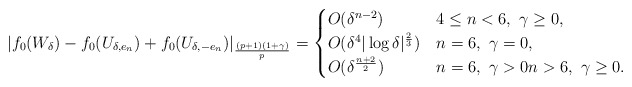
\begin{align*}|f_0(W_\delta) - f_0(U_{\delta,e_n})+f_0(U_{\delta,-e_n})|_{\frac{(p+1)(1+\gamma)}{p}}=\begin{cases}O(\delta^{n-2}) & 4\leq n<6,\ \gamma\geq 0,\\O(\delta^4|\log \delta|^\frac{2}{3}) & n=6,\ \gamma=0,\\O(\delta^{\frac{n+2}{2}}) & n=6,\ \gamma>0 n>6,\ \gamma\geq 0.\end{cases}\end{align*}